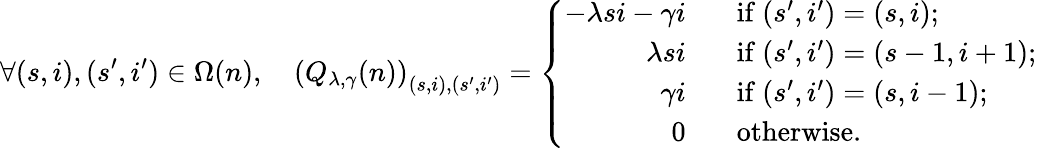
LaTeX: \forall(s,i),(s^{\prime},i^{\prime})\in\Omega(n),\quad\left(Q_{\lambda,\gamma}(n)\right)_{(s,i),(s^{\prime},i^{\prime})}=\left\{ \begin{array}{ll}{\begin{array}{rl}{-\lambda si-\gamma i\; \; }&{\mathrm{~if~}(s^{\prime},i^{\prime})=(s,i);}\\ {\lambda si\; \; }&{\mathrm{~if~}(s^{\prime},i^{\prime})=(s-1,i+1);}\\ {\gamma i\; \; }&{\mathrm{~if~}(s^{\prime},i^{\prime})=(s,i-1);}\\ {0\; \; }&{\mathrm{~otherwise.}}\end{array}}\end{array}\right.